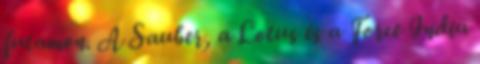
futamon. A Sauber, a Lotus és a Force India